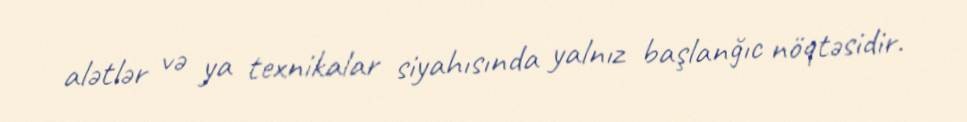
alətlər və ya texnikalar siyahısında yalnız başlanğıc nöqtəsidir.